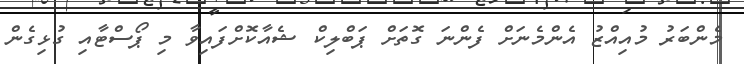
މެންބަރު މުއިއްޒު އެންމެނަށް ފެންނަ ގޮތަށް ޕަބްލިކް ޝެއާކޮށްފައިވާ މި ޕޯސްޓާއި ގުޅިގެން